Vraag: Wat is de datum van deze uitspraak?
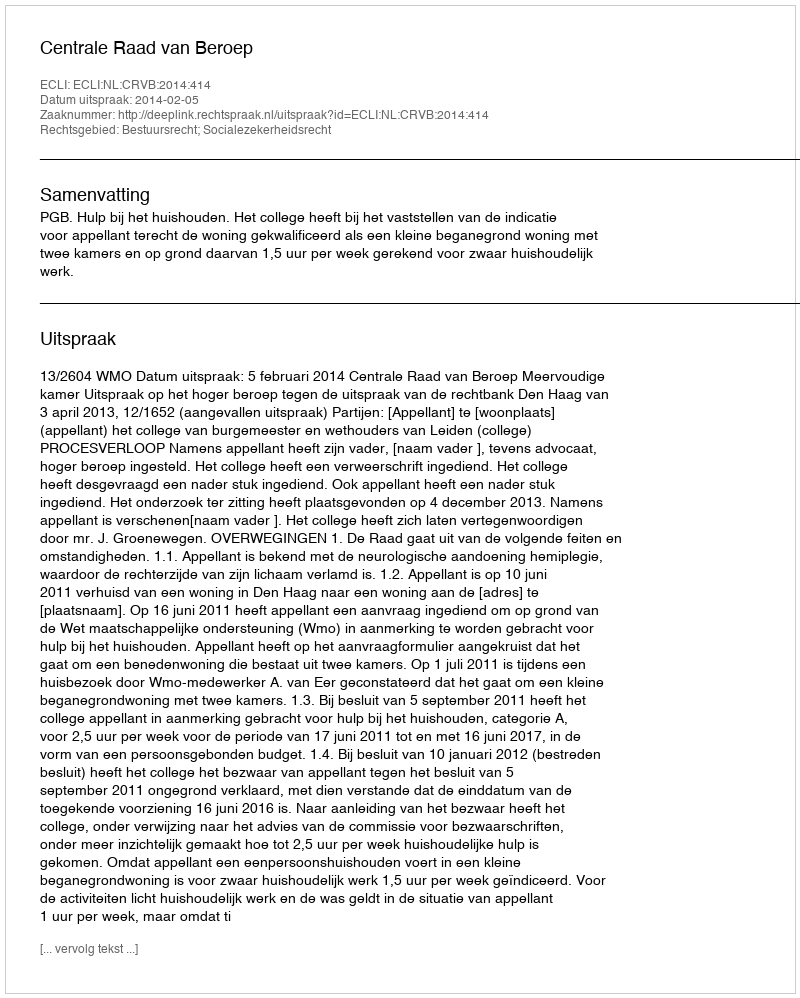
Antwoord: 2014-02-05